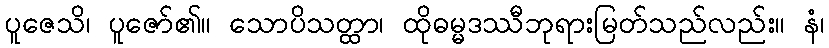
ပူဇေသိ၊ ပူဇော်၏။ သောပိသတ္ထာ၊ ထိုဓမ္မဒဿီဘုရားမြတ်သည်လည်း။ နံ၊